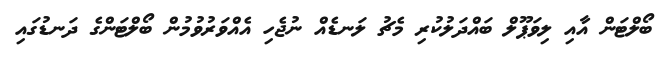
ބޯލްޓަން އާއި ލިވަޕޫލް ބައްދަލުކުރި މެޗު ލަނޑެއް ނުޖެހި އެއްވަރުވުމުން ބޯލްޓަންގެ ދަނޑުގައި